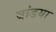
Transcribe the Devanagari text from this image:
बांडया